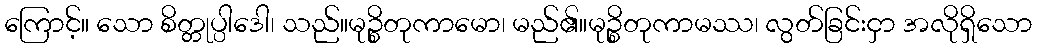
ကြောင့်။ သော စိတ္တုပ္ပါဒေါ၊ သည်။မုဉ္စိတုကာမော၊ မည်၏။မုဉ္စိတုကာမဿ၊ လွတ်ခြင်းငှာ အလိုရှိသော